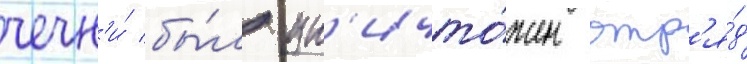
чечн'и́ бы́л ун'ичто́жен отр'я́д